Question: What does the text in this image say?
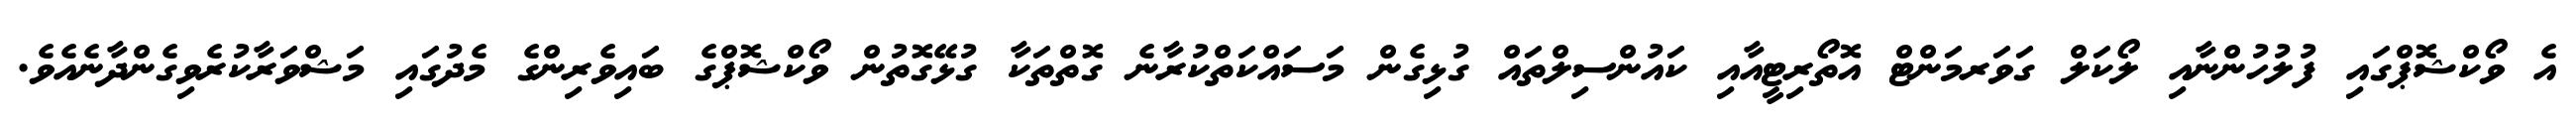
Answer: އެ ވޯކްޝޮޕްގައި ފުލުހުންނާއި ލޯކަލް ގަވަރމަންޓް އޮތޯރިޓީއާއި ކައުންސިލްތައް ގުޅިގެން މަސައްކަތްކުރާނެ ގޮތްތަކާ ގުޅޭގޮތުން ވޯކްޝޮޕްގެ ބައިވެރިންގެ މެދުގައި މަޝްވަރާކުރެވިގެންދާނެއެވެ.